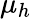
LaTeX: \mu_{h}